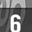
Digit: 6